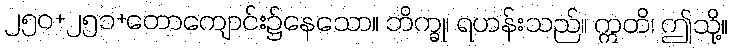
၂၅၀+၂၅၁+တောကျောင်း၌နေသော။ ဘိက္ခု၊ ရဟန်းသည်။ ဣတိ၊ ဤသို့။